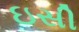
ઇસી